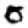
Digit: 0